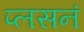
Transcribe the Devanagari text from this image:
प्लसनं